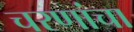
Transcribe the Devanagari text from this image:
चरणांचा